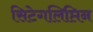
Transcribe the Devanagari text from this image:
सिटेगलिप्तिन